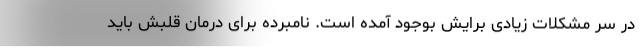
در سر مشکلات زیادی برایش بوجود آمده است. نامبرده برای درمان قلبش باید